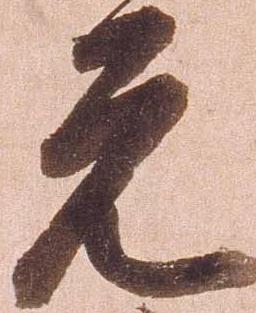
元